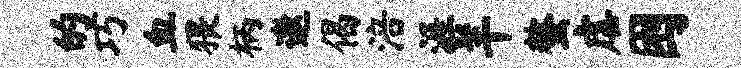
的巧血猥柄邀偈涪涯羊螯虐困